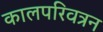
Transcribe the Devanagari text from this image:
कालपरिवत्रन